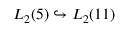
L _ { 2 } ( 5 ) \hookrightarrow L _ { 2 } ( 1 1 )